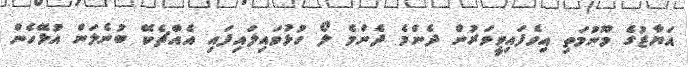
އަޔާޒުގެ މޫނުމަތި އިވެފައިވީވަރުން ދެންމެ ދެންމެ ލޯ ހުޅުވައިލައިފައި އެއްޗެކޭ ބުނެލަން އުޅޭހެން